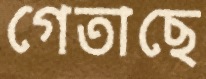
গেতাছে